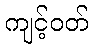
ကျင့်ဝတ်